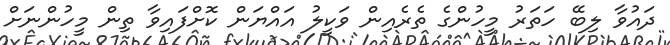
ދައުވާ ލިބޭ ހަތަރު މީހުންގެ ތެރެއިން ވަކީލު އައްޔަން ކޮށްފައިވާ ތިން މީހުންނަށް